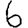
Digit: 6